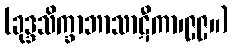
(ခုဒ္ဒသိက္ခာဘာသာဋီကာ၊၉၉။)